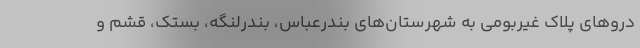
دروهای پلاک غیربومی به شهرستان‌های بندرعباس، بندرلنگه، بستک، قشم و